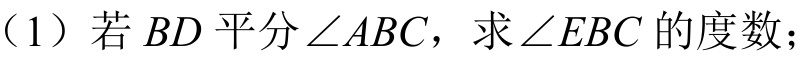
（1）若\(BD\)平分\(\angle ABC\)，求\(\angle EBC\)的度数；